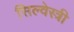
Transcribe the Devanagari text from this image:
सिल्वेस्त्री